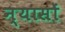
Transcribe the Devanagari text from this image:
न्‍यासों